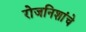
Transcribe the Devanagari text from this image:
रोजनिशांचे